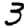
Digit: 3